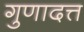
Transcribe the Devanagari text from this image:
गुणादत्त